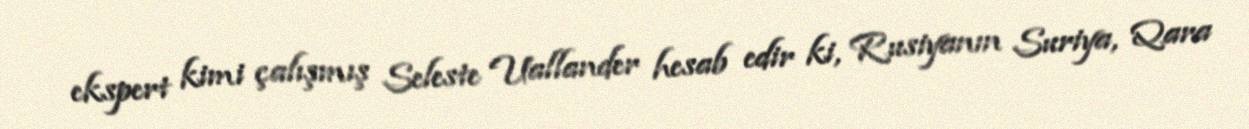
ekspert kimi çalışmış Seleste Uallander hesab edir ki, Rusiyanın Suriya, Qara